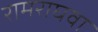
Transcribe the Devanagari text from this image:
रामराघवा